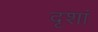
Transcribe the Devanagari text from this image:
दृशां